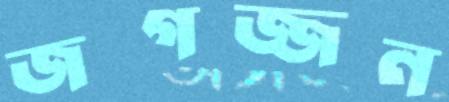
জগজ্জন